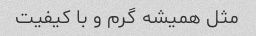
مثل همیشه گرم و با کیفیت